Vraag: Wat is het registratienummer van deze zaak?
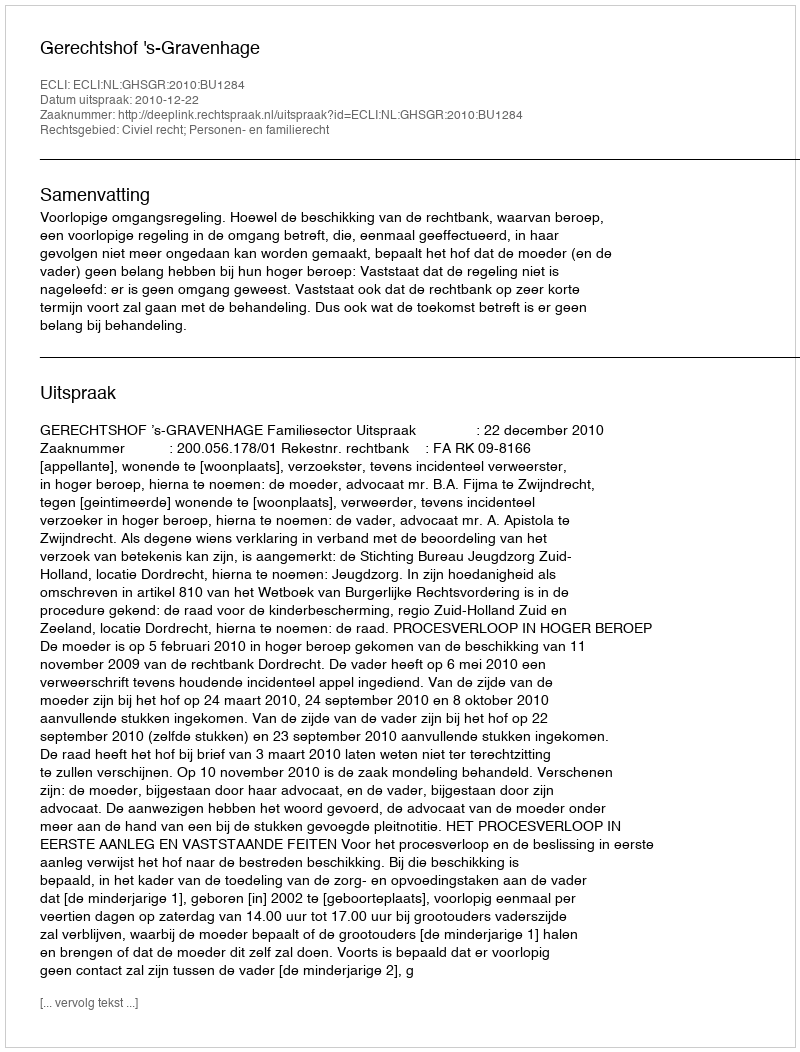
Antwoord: http://deeplink.rechtspraak.nl/uitspraak?id=ECLI:NL:GHSGR:2010:BU1284